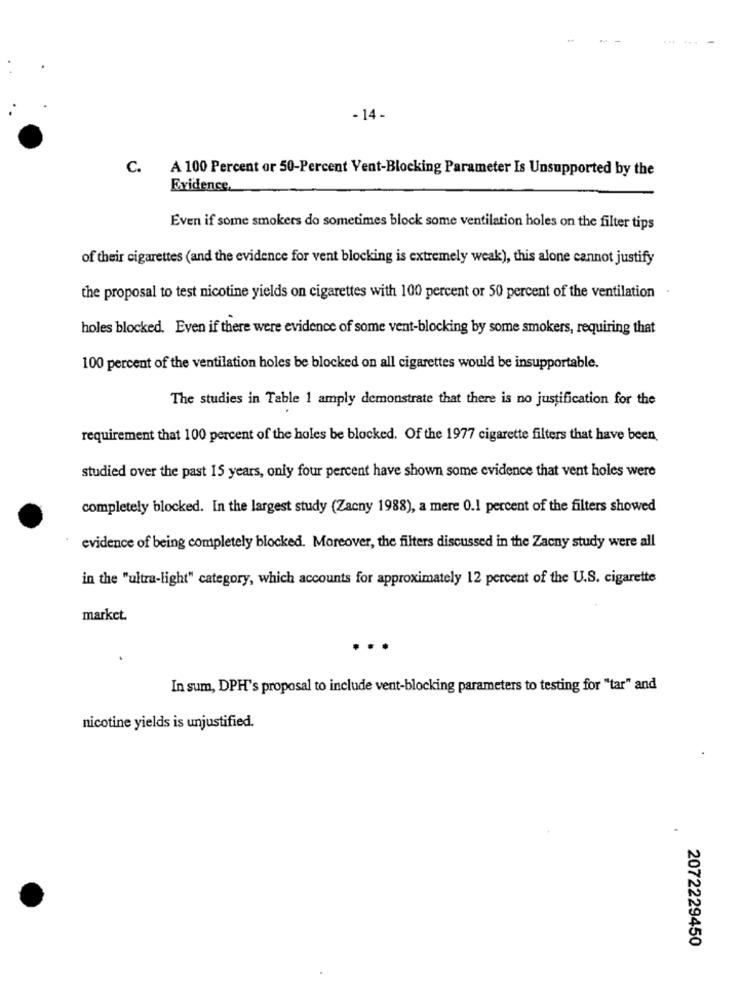
- 14-
C.
A 100 Percent or 50-Percent Vent-Blocking Parameter Is Unsupported by the
Evidence,
Even if some smokers do sometimes block some ventilation holes on the filter tips
of their cigarettes (and the evidence for vent blocking is extremely weak), this alone cannot justify
the proposal to test nicotine yields on cigarettes with 100 percent or 50 percent of the ventilation
holes blocked. Even if there were evidence of some vent-blocking by some smokers, requiring that
100 percent of the ventilation holes be blocked on all cigarettes would be insupportable.
The studies in Table 1 amply demonstrate that there is no justification for the
requirement that 100 percent of the holes be blocked. Of the 1977 cigarette filters that have been
studied over the past 15 years, only four percent have shown some evidence that vent holes were
completely blocked. In the largest study (Zacny 1988), a mere 0.1 percent of the filters showed
evidence of being completely blocked. Moreover, the filters discussed in the Zacny study were all
in the "ultra-light" category, which accounts for approximately 12 percent of the U.S. cigarette
market.
..
In sum, DPH's proposal to include vent-blocking parameters to testing for "tar" and
nicotine yields is unjustified.
2072229450